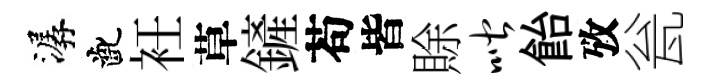
潺齔衽草鏟苟皆賖喈飴攷瓮